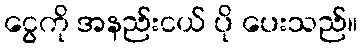
ငွေကို အနည်းငယ် ပို ပေးသည်။